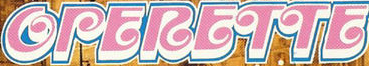
OPERETTE